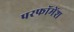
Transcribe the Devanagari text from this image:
परफॉमेंश